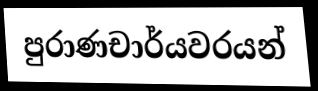
පුරාණචාර්යවරයන්